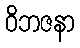
ဝိဘဇနာ